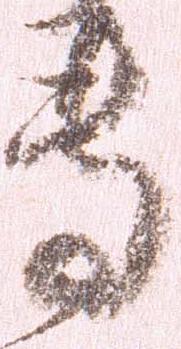
専